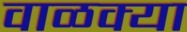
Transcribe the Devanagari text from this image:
वाळक्या